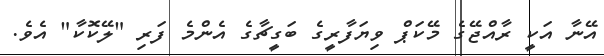
އޭނާ އަކީ ރާއްޖޭގެ މޭކަޕް ވިޔަފާރީގެ ބަގީޗާގެ އެންމެ ފަރި "ލޭކޮކާ" އެވެ.